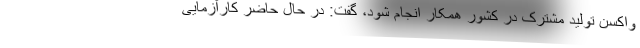
واکسن تولید مشترک در کشور همکار انجام شود، گفت: در حال حاضر کارآزمایی